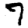
Digit: 7